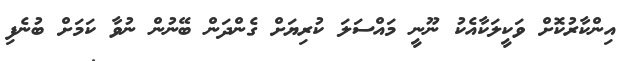
އިންކާރުކޮށް ވަކީލަކާއެކު ނޫނީ މައްސަލަ ކުރިޔަށް ގެންދަން ބޭނުން ނުވާ ކަމަށް ބުނެފި